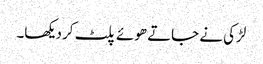
لڑکی نے جاتے ھوئے پلٹ کر دیکھا۔